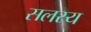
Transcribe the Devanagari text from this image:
सलस्य